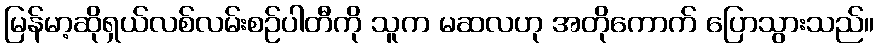
မြန်မာ့ဆိုရှယ်လစ်လမ်းစဉ်ပါတီကို သူက မဆလဟု အတိုကောက် ပြောသွားသည်။